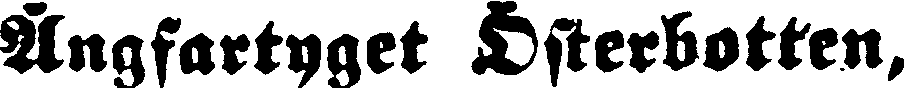
Ångfartyget Österbotten,